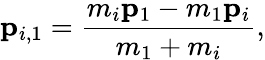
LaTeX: \mathbf{p}_{i,1}=\frac{m_{i}\mathbf{p}_{1}-m_{1}\mathbf{p}_{i}}{m_{1}+m_{i}},